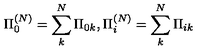
\Pi _ { 0 } ^ { ( N ) } = \sum _ { k } ^ { N } \Pi _ { 0 k } , \Pi _ { i } ^ { ( N ) } = \sum _ { k } ^ { N } \Pi _ { i k }